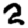
Digit: 2